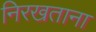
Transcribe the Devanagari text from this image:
निरखताना